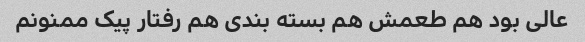
عالی بود هم طعمش هم بسته بندی هم رفتار پیک ممنونم